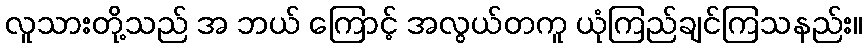
လူသားတို့သည် အ ဘယ် ကြောင့် အလွယ်တကူ ယုံကြည်ချင်ကြသနည်း။